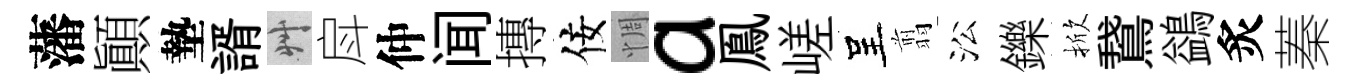
藩顚墊諝艸戽仲闻摶佞惆a鳯嵯呈翦㳂鑠掀鵞鷁炙蓁